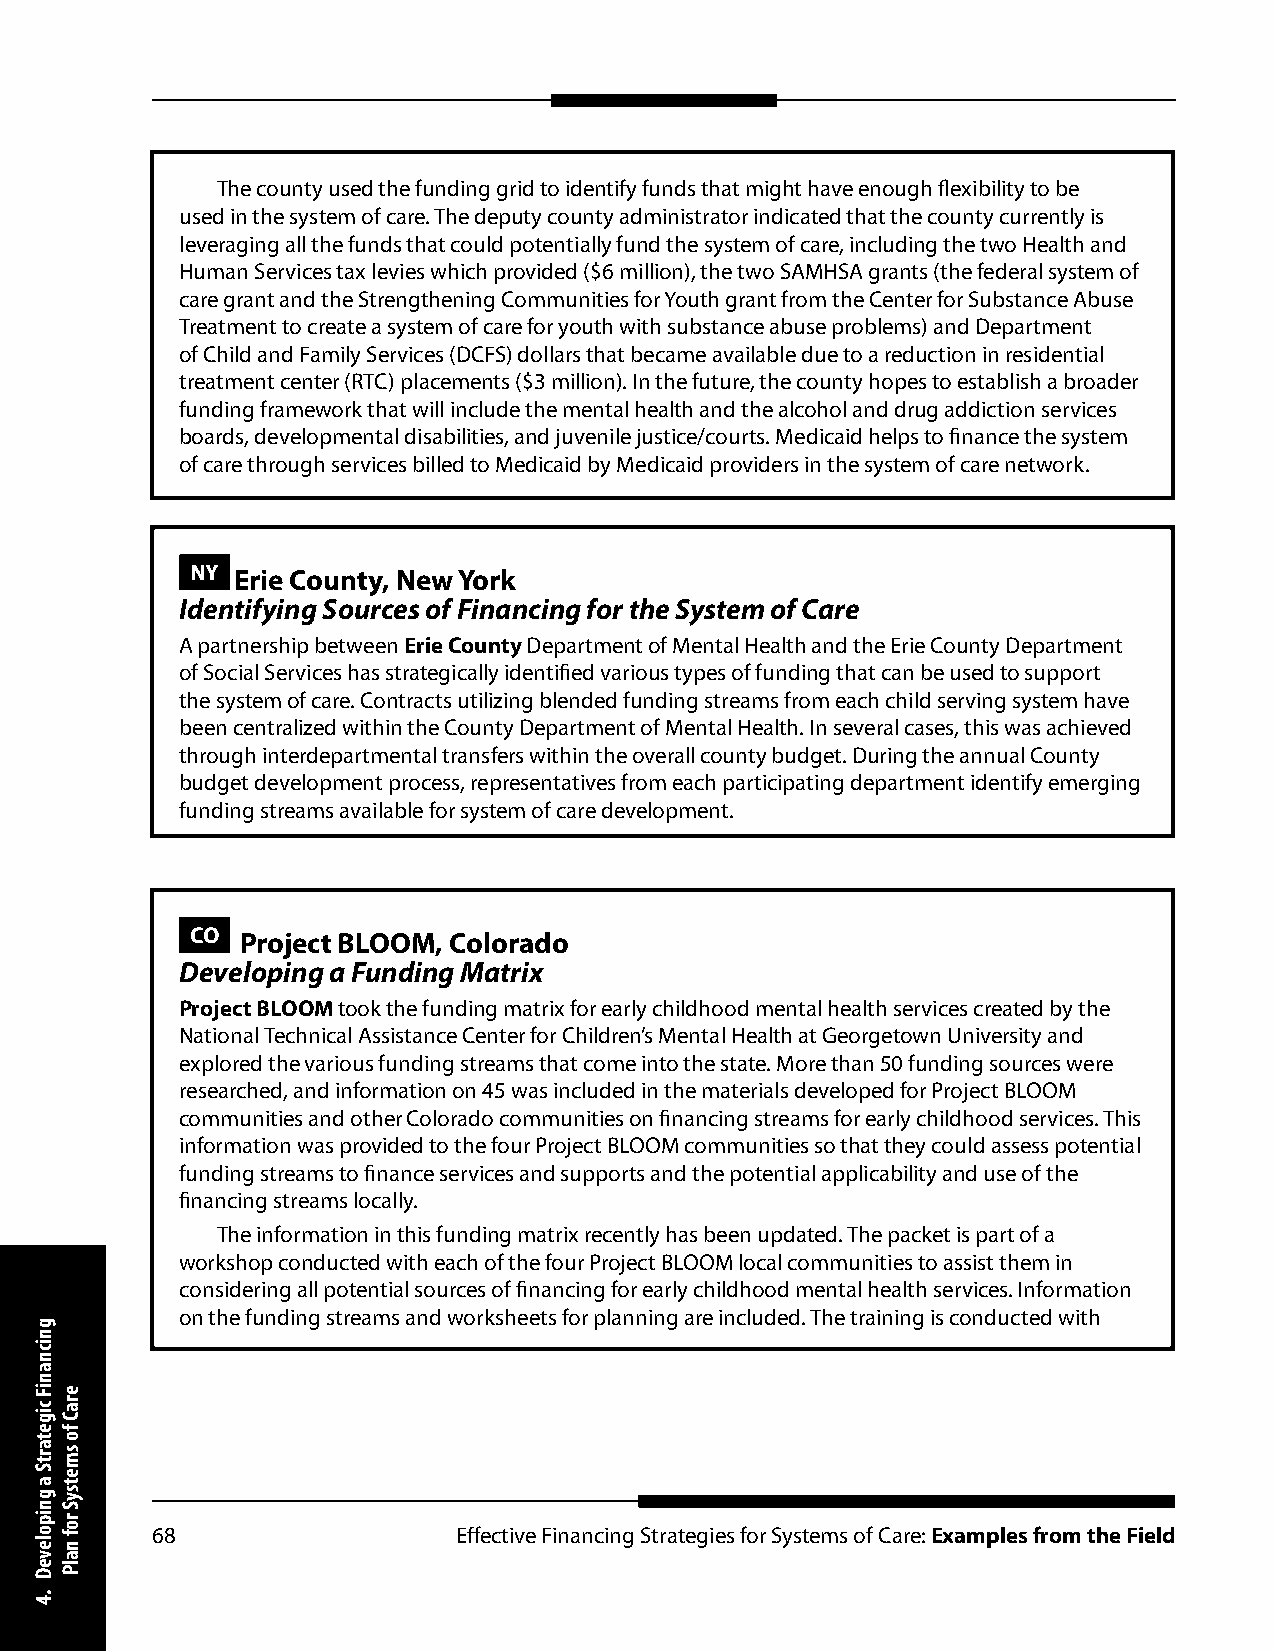
The county used the funding grid to identify funds that might have enough flexibility to be
 used in the system of care. The deputy county administrator indicated that the county currently is
 leveraging all the funds that could potentially fund the system of care, including the two Health and
 Human Services tax levies which provided ($6 million), the two SAMHSA grants (the federal system of
 care grant and the Strengthening Communities for Youth grant from the Center for Substance Abuse
 Treatment to create a system of care for youth with substance abuse problems) and Department
 of Child and Family Services (DCFS) dollars that became available due to a reduction in residential
 treatment center (RTC) placements ($3 million). In the future, the county hopes to establish a broader
 funding framework that will include the mental health and the alcohol and drug addiction services
 boards, developmental disabilities, and juvenile justice/courts. Medicaid helps to finance the system
 of care through services billed to Medicaid by Medicaid providers in the system of care network.
 NY Erie County, New York
 Identifying Sources of Financing for the System of Care
 A partnership between Erie County Department of Mental Health and the Erie County Department
 of Social Services has strategically identified various types of funding that can be used to support
 the system of care. Contracts utilizing blended funding streams from each child serving system have
 been centralized within the County Department of Mental Health. In several cases, this was achieved
 through interdepartmental transfers within the overall county budget. During the annual County
 budget development process, representatives from each participating department identify emerging
 funding streams available for system of care development.
 CO Project BLOOM, Colorado
 Developing a Funding Matrix
 Project BLOOM took the funding matrix for early childhood mental health services created by the
 National Technical Assistance Center for Children’s Mental Health at Georgetown University and
 explored the various funding streams that come into the state. More than 50 funding sources were
 researched, and information on 45 was included in the materials developed for Project BLOOM
 communities and other Colorado communities on financing streams for early childhood services. This
 information was provided to the four Project BLOOM communities so that they could assess potential
 funding streams to finance services and supports and the potential applicability and use of the
 financing streams locally.
 The information in this funding matrix recently has been updated. The packet is part of a
 workshop conducted with each of the four Project BLOOM local communities to assist them in
 considering all potential sources of financing for early childhood mental health services. Information
 on the funding streams and worksheets for planning are included. The training is conducted with
 68                  Effective Financing Strategies for Systems of Care: Examples from the Field
 gnicnaniF
 cigetartS
 a
 gnipoleveD
 .4
 eraC
 fo
 smetsyS
 rof
 nalP